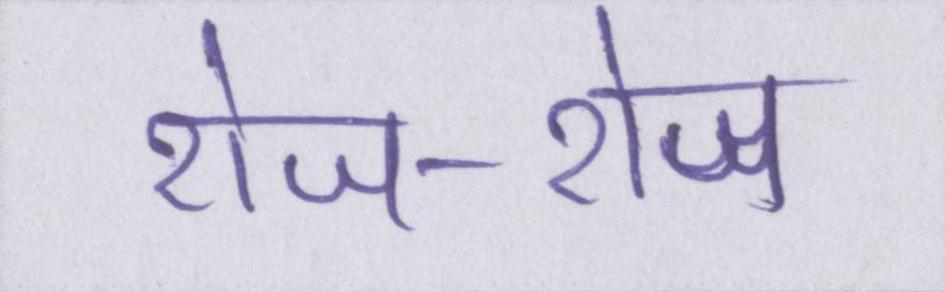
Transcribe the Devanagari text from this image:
रोज-रोज